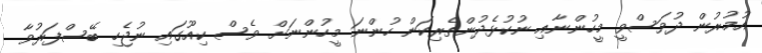
އުމުރުން ދުވަސްވީ މީހުންނާއި ނުކުޅެދުންތެރިކަން ހުންނަ މީހުންނަށް ވެސް ކިއޫގައި ނުޖެހި ބޭސްފަރުވާ